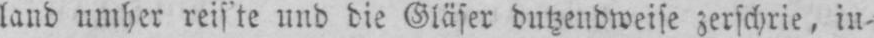
land umher reis’te und die Gläser dutzendweise zerschrie, in⸗